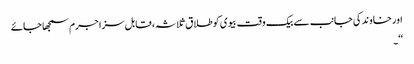
اور خاوند کی جانب سے بیک وقت بیوی کوطلاق ثلاثہ ، قابل سزا جرم سمجھا جائے
‘‘۔